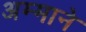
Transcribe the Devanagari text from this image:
अम्माने